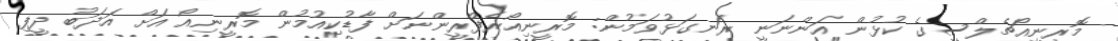
މޮރީނިއޯޗެލްސީގެ ކުޅުން އަންނަނީ ރަނގަޅުވަމުން: މޮރީނިއޯރެފްރީންނަށް ފާޑުކިއުމުން މޮރީނިއޯ އަށް އަދަބު ދީފި